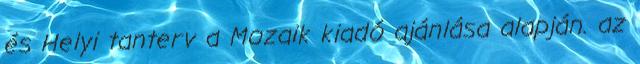
és Helyi tanterv a Mozaik kiadó ajánlása alapján. az